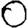
Digit: 0